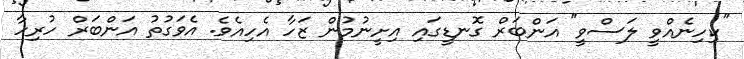
"ކިހިނެއްވީ ލަސްވީ" އަންބަރް ގޮނޑީގައި އިށީނުމުން ޒަހާ އެހިއެވެ. އެވަގުތު އަންބަރް ހުރިހާ